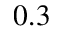
0 . 3